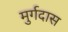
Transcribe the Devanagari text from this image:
मुर्गदास